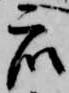
衆